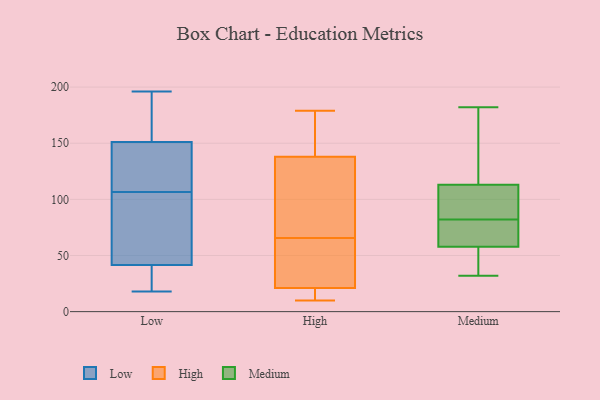
{"axis": {"x": "Market Share (%)", "y": "Value"}, "legend": ["High", "Low", "Medium"], "data": [{"x": "", "y": 48, "type": "Low"}, {"x": "", "y": 150, "type": "Low"}, {"x": "", "y": 18, "type": "Low"}, {"x": "", "y": 93, "type": "Low"}, {"x": "", "y": 120, "type": "Low"}, {"x": "", "y": 149, "type": "Low"}, {"x": "", "y": 81, "type": "Low"}, {"x": "", "y": 166, "type": "Low"}, {"x": "", "y": 32, "type": "Low"}, {"x": "", "y": 152, "type": "Low"}, {"x": "", "y": 35, "type": "Low"}, {"x": "", "y": 196, "type": "Low"}, {"x": "", "y": 33, "type": "High"}, {"x": "", "y": 159, "type": "High"}, {"x": "", "y": 138, "type": "High"}, {"x": "", "y": 106, "type": "High"}, {"x": "", "y": 104, "type": "High"}, {"x": "", "y": 16, "type": "High"}, {"x": "", "y": 26, "type": "High"}, {"x": "", "y": 69, "type": "High"}, {"x": "", "y": 138, "type": "High"}, {"x": "", "y": 161, "type": "High"}, {"x": "", "y": 35, "type": "High"}, {"x": "", "y": 62, "type": "High"}, {"x": "", "y": 85, "type": "High"}, {"x": "", "y": 10, "type": "High"}, {"x": "", "y": 179, "type": "High"}, {"x": "", "y": 56, "type": "High"}, {"x": "", "y": 145, "type": "High"}, {"x": "", "y": 14, "type": "High"}, {"x": "", "y": 15, "type": "High"}, {"x": "", "y": 10, "type": "High"}, {"x": "", "y": 32, "type": "Medium"}, {"x": "", "y": 39, "type": "Medium"}, {"x": "", "y": 182, "type": "Medium"}, {"x": "", "y": 64, "type": "Medium"}, {"x": "", "y": 101, "type": "Medium"}, {"x": "", "y": 91, "type": "Medium"}, {"x": "", "y": 67, "type": "Medium"}, {"x": "", "y": 149, "type": "Medium"}, {"x": "", "y": 37, "type": "Medium"}, {"x": "", "y": 82, "type": "Medium"}, {"x": "", "y": 82, "type": "Medium"}, {"x": "", "y": 163, "type": "Medium"}, {"x": "", "y": 94, "type": "Medium"}]}